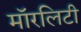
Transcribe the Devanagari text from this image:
मॉरलिटी